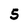
Character: 5